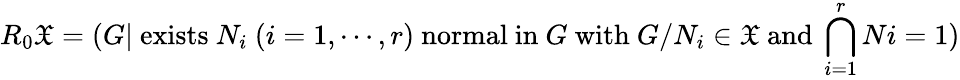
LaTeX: R_{0}{\mathfrak{X}}=(G|{\mathrm{~exists~}}N_{i}\ (i=1,\cdots,r){\mathrm{~normal~in~}}G{\mathrm{~with~}}G/N_{i}\in{\mathfrak{X}}{\mathrm{~and~}}\bigcap_{i=1}^{r}Ni=1)